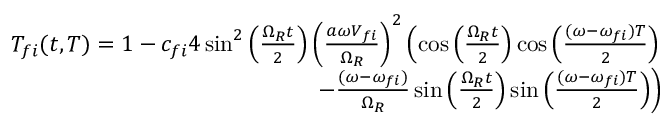
\begin{array} { r } { T _ { f i } ( t , T ) = 1 - c _ { f i } 4 \sin ^ { 2 } \left( \frac { \Omega _ { R } t } { 2 } \right) \left( \frac { a \omega V _ { f i } } { \Omega _ { R } } \right) ^ { 2 } \left( \cos \left( \frac { \Omega _ { R } t } { 2 } \right) \cos \left( \frac { ( \omega - \omega _ { f i } ) T } { 2 } \right) \right. } \\ { \left. - \frac { ( \omega - \omega _ { f i } ) } { \Omega _ { R } } \sin \left( \frac { \Omega _ { R } t } { 2 } \right) \sin \left( \frac { ( \omega - \omega _ { f i } ) T } { 2 } \right) \right) } \end{array}